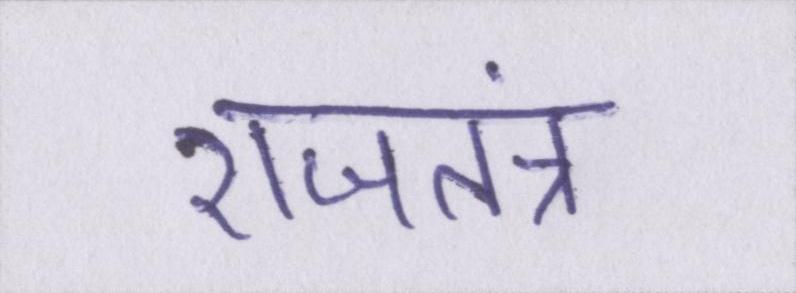
राजतंत्र